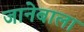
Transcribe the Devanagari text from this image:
जानेबाला